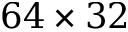
6 4 \times 3 2